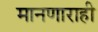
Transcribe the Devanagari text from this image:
मानणाराही